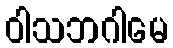
ဝါသဘဂါမေ